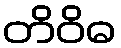
တိဝိဓ